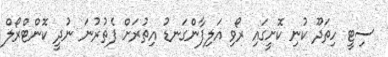
ސިޓީ ހިތަދޫ ކުނި ކޮށީގައި ރޯވި އަލިފާންގަނޑު އިތުރަށް ފެތުރުނަ ނުދީ ކޮންޓްރޯލް